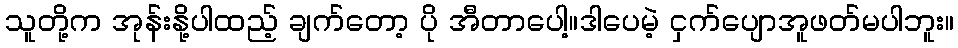
သူတို့က အုန်းနို့ပါထည့် ချက်တော့ ပို အီတာပေါ့။ဒါပေမဲ့ ငှက်ပျောအူဖတ်မပါဘူး။